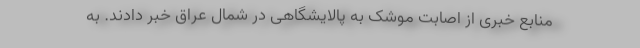
منابع خبری از اصابت موشک به پالایشگاهی در شمال عراق خبر دادند. به